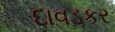
દાવડકર